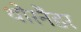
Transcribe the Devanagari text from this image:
थोरनैंडर